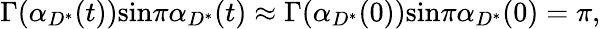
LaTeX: \Gamma({\alpha}_{{D}^{*}}(t))\mathrm{sin}\pi{\alpha}_{{D}^{*}}(t)\approx\Gamma({\alpha}_{{D}^{*}}(0))\mathrm{sin}\pi{\alpha}_{{D}^{*}}(0)=\pi,